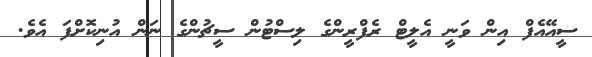
ސީއޭއެފް އިން ވަނީ އެލީޓް ރެފްރީންގެ ލިސްޓުން ސީޗުންގެ ނަން އުނިކޮށްފަ އެވެ.